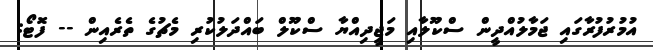
އުމުރުފުރާގައި ޖަމާލުއްދީން ސްކޫލާއި މަޖީދިއްޔާ ސްކޫލް ބައްދަލުކުރި މެޗުގެ ތެރެއިން -- ފޮޓޯ: